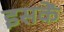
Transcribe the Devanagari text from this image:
इसकें